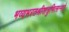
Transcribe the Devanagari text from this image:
भव्यभरतश्रीशत्रुभित्सन्नते